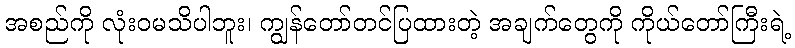
အစည်ကို လုံးဝမသိပါဘူး၊ ကျွန်တော်တင်ပြထားတဲ့ အချက်တွေကို ကိုယ်တော်ကြီးရဲ့